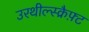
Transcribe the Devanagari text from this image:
उरथील्स्क्रैफ़्ट